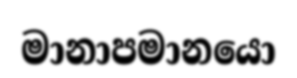
මානාපමානයො